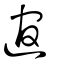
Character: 逭